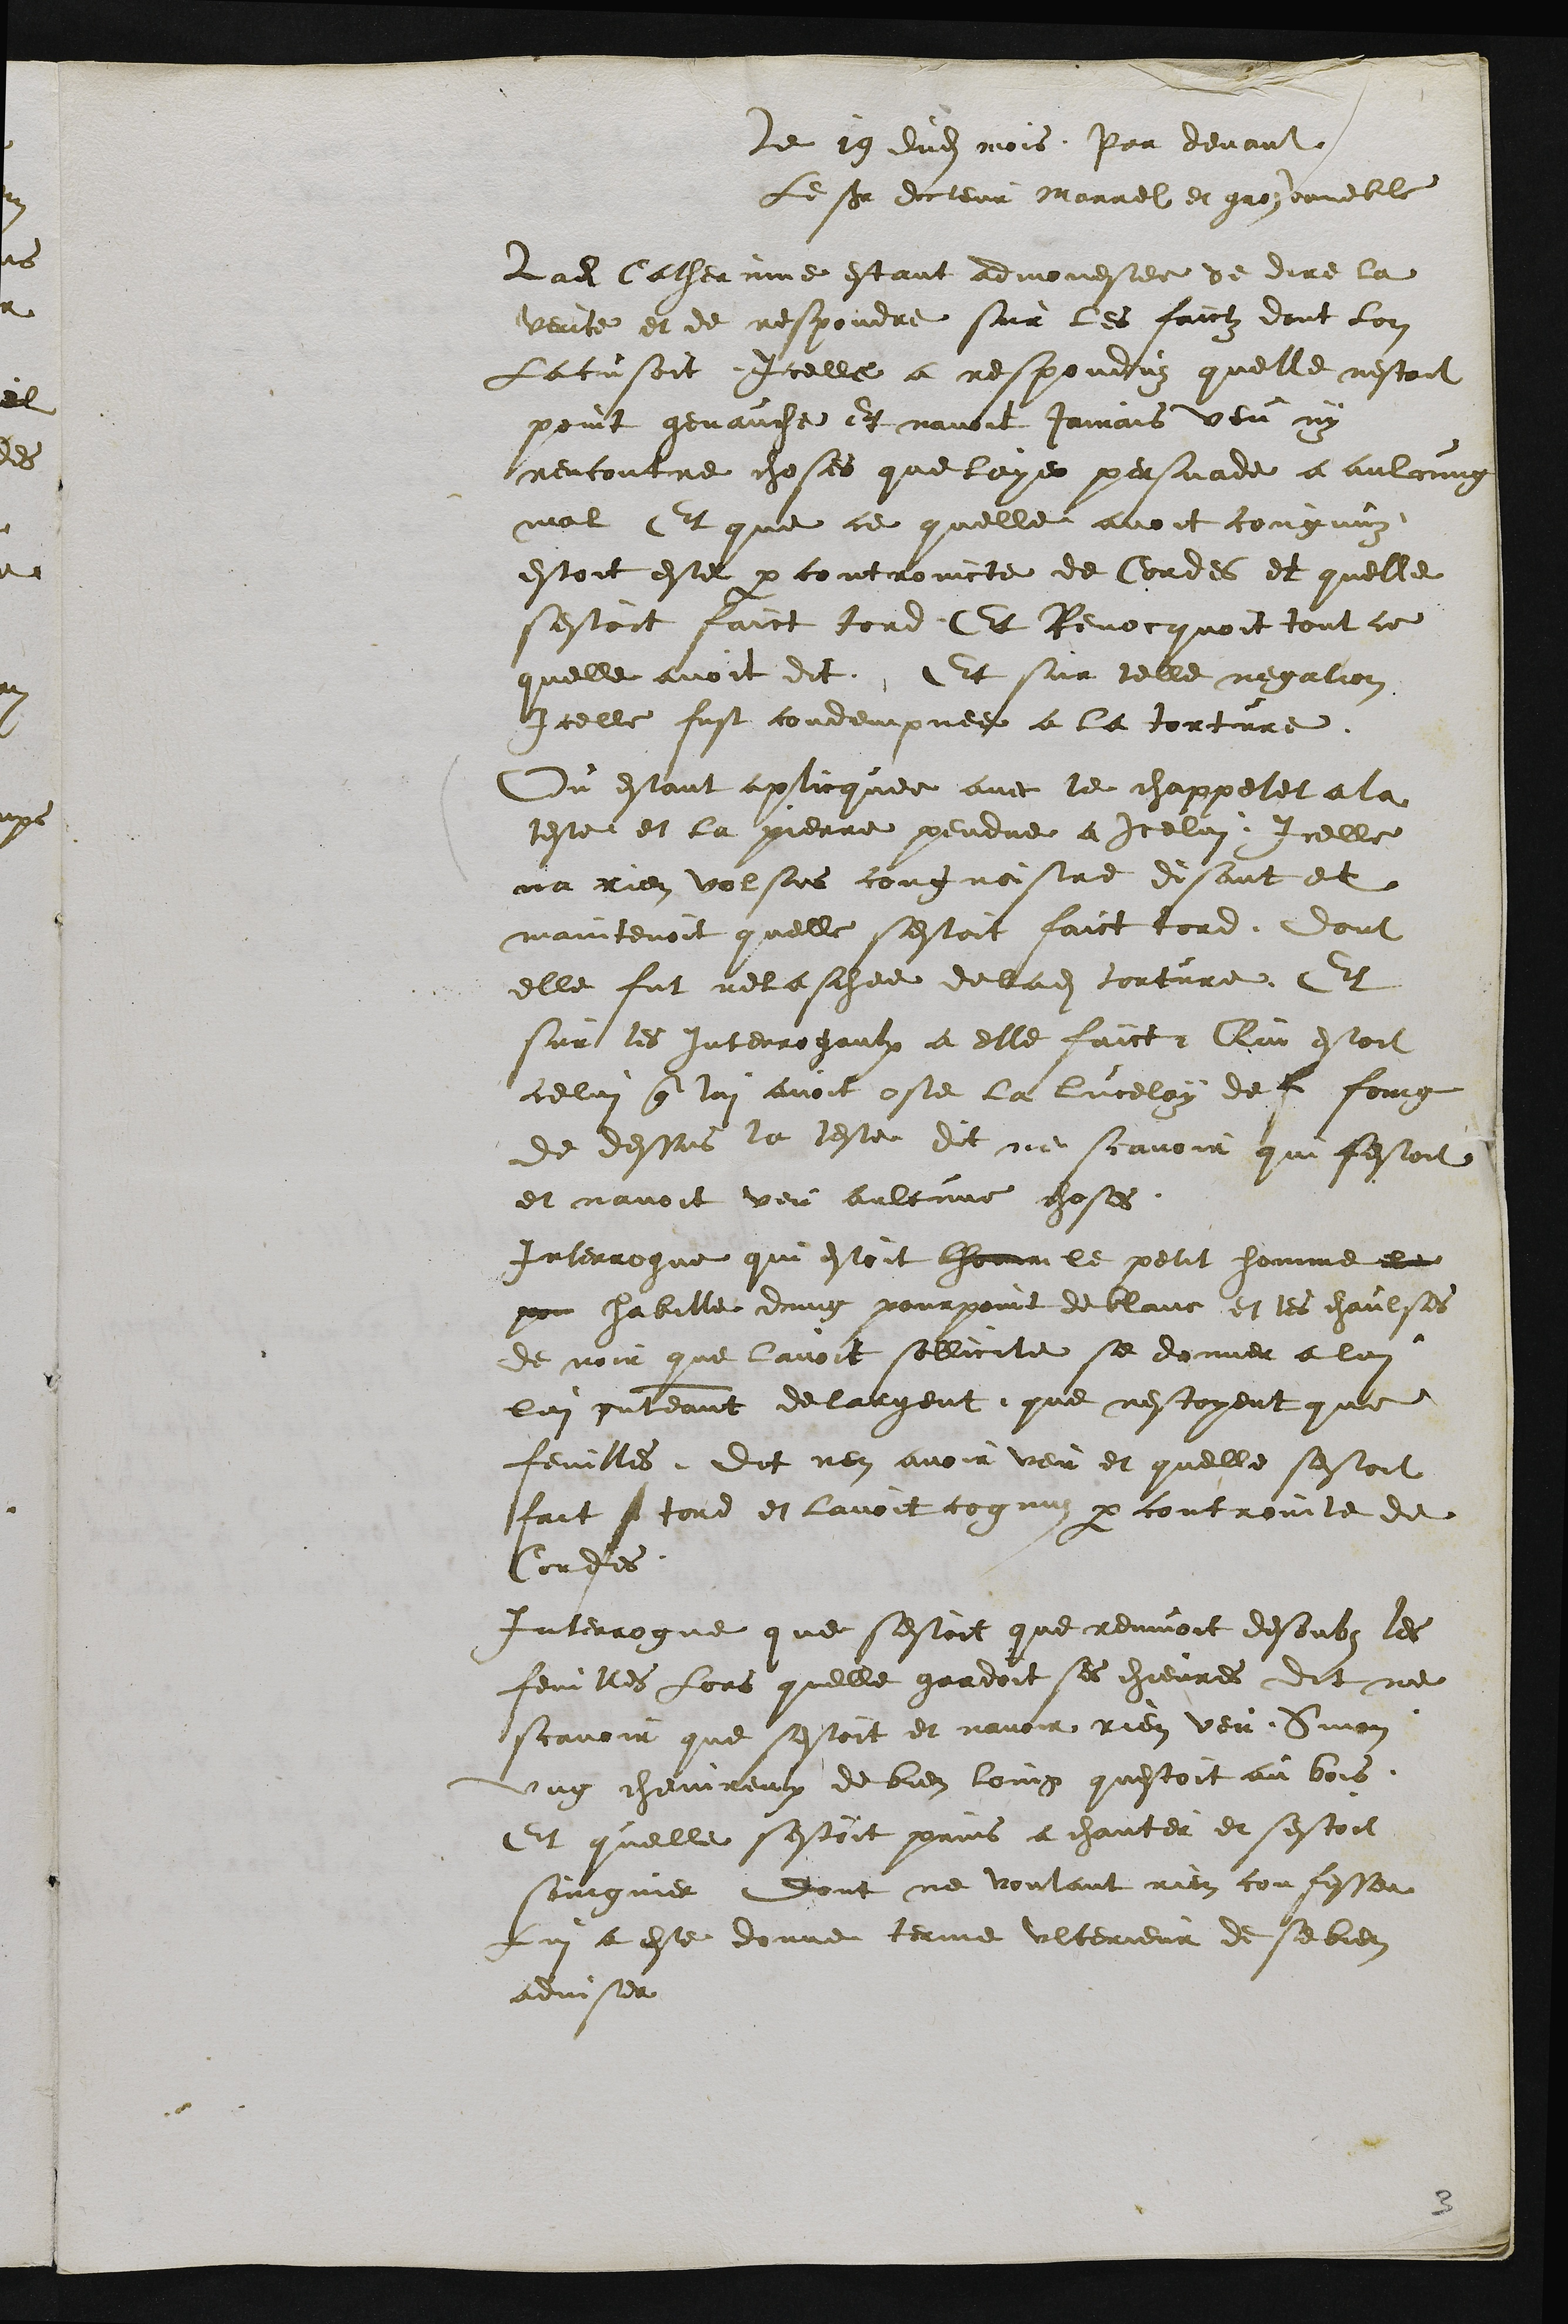
Le 19 dudit mois Par devant
Le sieur docteur Marrel et groz voueble
Ladite Catherinne estant admonestee de dire la
verite et de respondre sur les faictz dont lon
Laccusoit Icelle a responduz quelle nestoit
point genauche et navoit jamais veu ny
rencontre choses que laye persuade a aulcung
mal Et que ce quelle avoit cougnuz
estoit este par controincte de Cordes et quelle
sestoit faict tord. Et Revocquoit tout ce
quelle avoit dit. Et sur telle negation
Icelle fust condempnee a la torture
Ou estant aplicquee avec le chappelet a la
teste et la pierre pendue a Icelui Icelle
na rien volsus cougnoistre disant et
maintenoit quelle sestoit faict tord. Dont
elle fut relaschee de ladite torture. Et
sur les interrogaulx a elle faict, Qui estoit
celui que lui avoit oste la lucelay de f foing
de dessus la teste dit ne scavoir qui sestoit
et navoit veu aulcune choses.
Interrogue qui estoit lhomme le petit homme de
pou habille dung pourpoint de blanc et les chaulses
de noir que lavoit sollicite se donner a lui
lui presenteant de largent, que nestoyent que
feuilles. Dit nen avoir veu et quelle sestoit
fait tord et lavoit cognuz par contrainte de
Cordes.
Interrogue que sestoit que remuoit desoubs les
feuilles lors quelle gardoit ses chievres dit ne
scavoir que sestoit et navoir rien veu Sinon
ung chemireux de bien loing questoit au bois
Et quelle sestoit prins a chanter et sestoit
soingnier dont ne voulant rien confesser
Lui a este donne terme ulterieur de se bien
adviser.